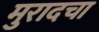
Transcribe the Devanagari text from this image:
मुरादचा